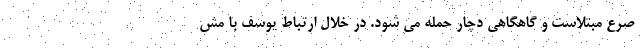
صرع مبتلاست و گاهگاهی دچار حمله می شود. در خلال ارتباط یوسف با مش